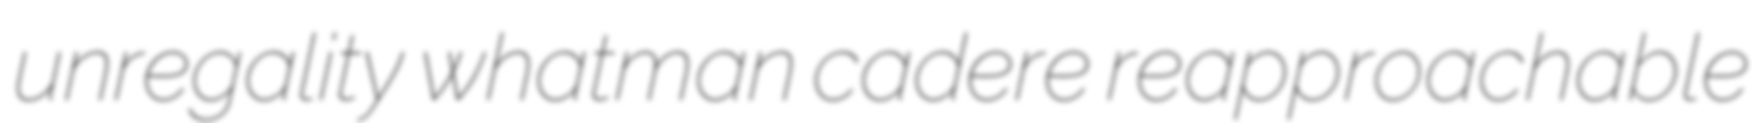
unregality whatman cadere reapproachable